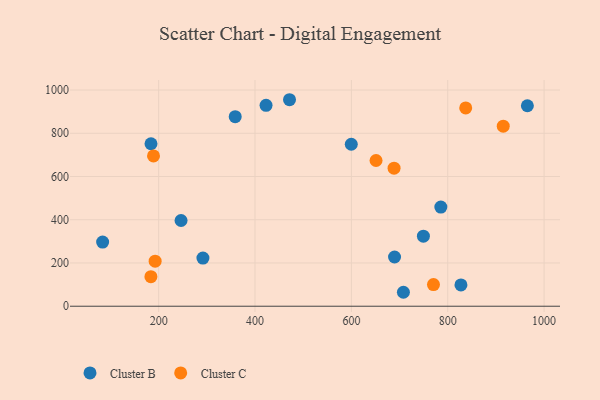
{"axis": {"x": "Study Hours", "y": "Yield"}, "legend": ["Cluster B", "Cluster C"], "data": [{"x": "422.9", "y": 929.4, "type": "Cluster B"}, {"x": "246.5", "y": 396.6, "type": "Cluster B"}, {"x": "83.7", "y": 296.6, "type": "Cluster B"}, {"x": "689.6", "y": 227.6, "type": "Cluster B"}, {"x": "471.6", "y": 955.2, "type": "Cluster B"}, {"x": "184.1", "y": 751.5, "type": "Cluster B"}, {"x": "749.5", "y": 323.8, "type": "Cluster B"}, {"x": "599.8", "y": 749.3, "type": "Cluster B"}, {"x": "965.3", "y": 927.3, "type": "Cluster B"}, {"x": "827.4", "y": 98.4, "type": "Cluster B"}, {"x": "708.0", "y": 64.5, "type": "Cluster B"}, {"x": "291.9", "y": 222.6, "type": "Cluster B"}, {"x": "785.7", "y": 458.5, "type": "Cluster B"}, {"x": "358.9", "y": 876.9, "type": "Cluster B"}, {"x": "770.4", "y": 99.9, "type": "Cluster C"}, {"x": "189.3", "y": 695.4, "type": "Cluster C"}, {"x": "183.9", "y": 136.7, "type": "Cluster C"}, {"x": "192.7", "y": 208.2, "type": "Cluster C"}, {"x": "837.3", "y": 917.2, "type": "Cluster C"}, {"x": "651.2", "y": 674.1, "type": "Cluster C"}, {"x": "915.2", "y": 832.9, "type": "Cluster C"}, {"x": "688.6", "y": 638.5, "type": "Cluster C"}]}